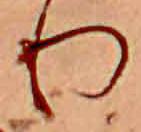
り